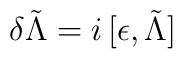
\delta\tilde\Lambda=i\,[\epsilon,\tilde\Lambda]